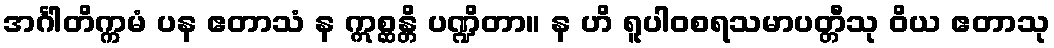
အင်္ဂါတိက္ကမံ ပန ဧတာသံ န ဣစ္ဆန္တိ ပဏ္ဍိတာ။ န ဟိ ရူပါဝစရသမာပတ္တီသု ဝိယ ဧတာသု